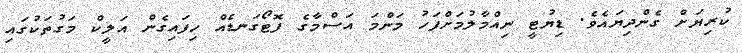
ކުރިޔަށް ގެންދިޔައެވެ. ޑިޔުޓީ ނިއްމާލުމަށްފަހު މަންމަ އަސްމާގެ ފޮޓޯގަނޑެއް ހިފައިގެން އަލީކް މަގުތަކުގައި